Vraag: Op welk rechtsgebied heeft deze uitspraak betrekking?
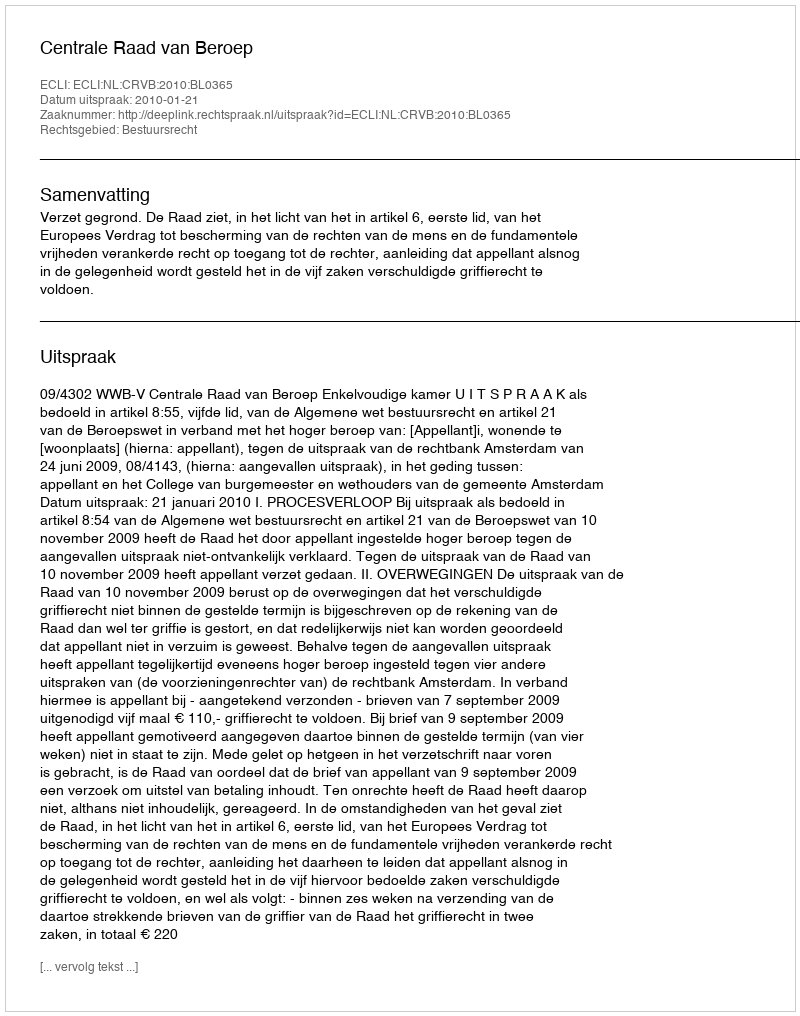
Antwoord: Bestuursrecht